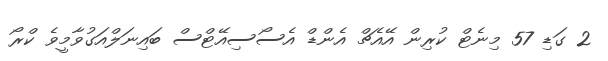
2 ގަޑި 57 މިނެޓް ކުރިން އޭއެޗް އެންޑް އެސޯސިއޭޓްސް ބައިނަލްއަގުވާމީވެ ކްރޯ